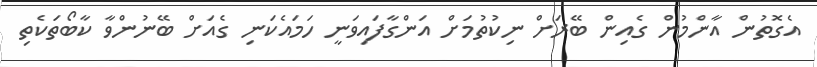
އެގޮތުން އާންމުން ގެއިން ބޭރަށް ނިކުތުމަށް އަންގާފައިވަނީ ހަމައެކަނި ގެއަށް ބޭނުންވާ ކާބޯތަކެތި